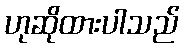
ဟုဆိုထားပါသည်